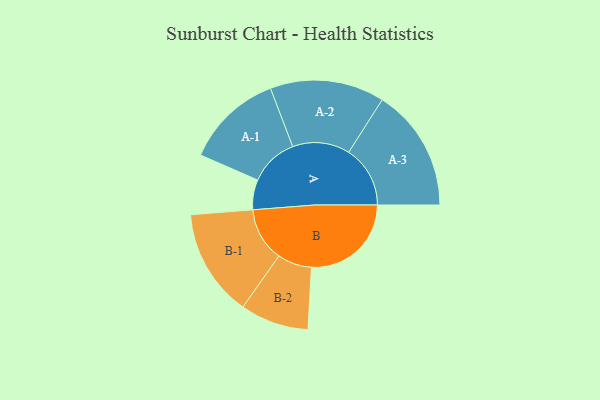
{"axis": {"x": "Segment", "y": "Value"}, "legend": ["", "A", "B"], "data": [{"x": "A", "y": 141, "type": ""}, {"x": "B", "y": 469, "type": ""}, {"x": "A-1", "y": 229, "type": "A"}, {"x": "A-2", "y": 269, "type": "A"}, {"x": "A-3", "y": 289, "type": "A"}, {"x": "B-1", "y": 253, "type": "B"}, {"x": "B-2", "y": 161, "type": "B"}]}